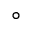
^ { \circ }